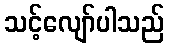
သင့်လျော်ပါသည်